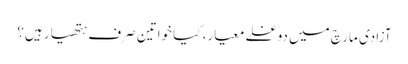
آزادی مارچ میں دوغلے معیار، کیا خواتین صرف ہتھیار ہیں؟